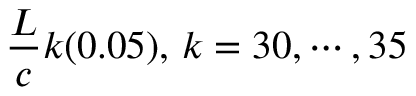
{ \frac { L } { c } } k ( 0 . 0 5 ) , \, k = 3 0 , \cdots , 3 5